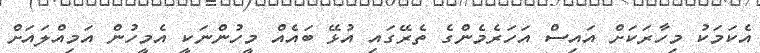
އެކަމަކު މިހާރަކަށް އައިސް އަހަރެމެންގެ ތެރޭގައި އުޅޭ ބައެއް މީހުންނަކީ އެމީހުން އަމިއްލައަށް